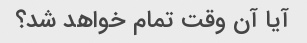
آیا آن وقت تمام خواهد شد؟